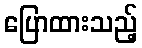
ပြောထားသည့်